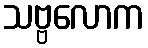
သဗ္ဗလောက